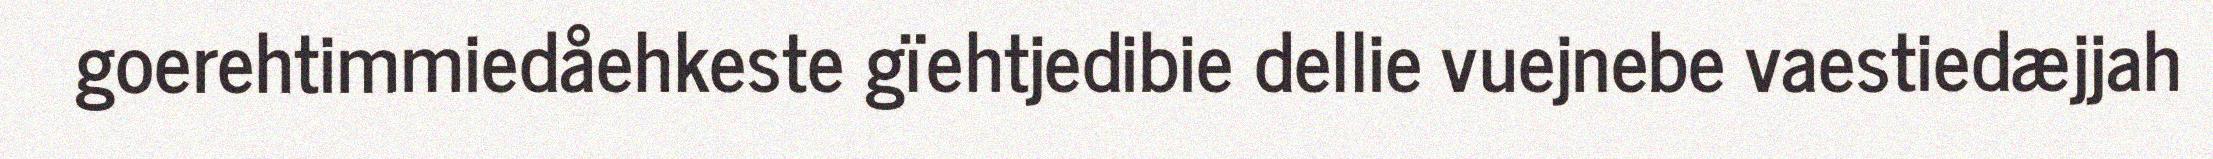
goerehtimmiedåehkeste gïehtjedibie dellie vuejnebe vaestiedæjjah